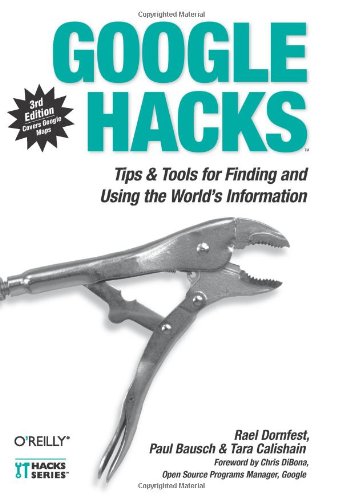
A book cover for Google Hacks: Tips & Tools for Finding and Using the World's Information; Rael Dornfest; Computers & Technology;